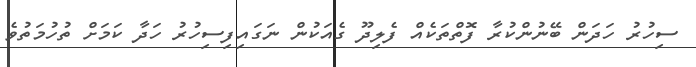
ސިހުރު ހަދަން ބޭނުންކުރާ ފޮތްތަކެއް ފެލިދޫ ގެއަކުން ނަގައިފިސިހުރު ހަދާ ކަމަށް ތުހުމަތުވެ